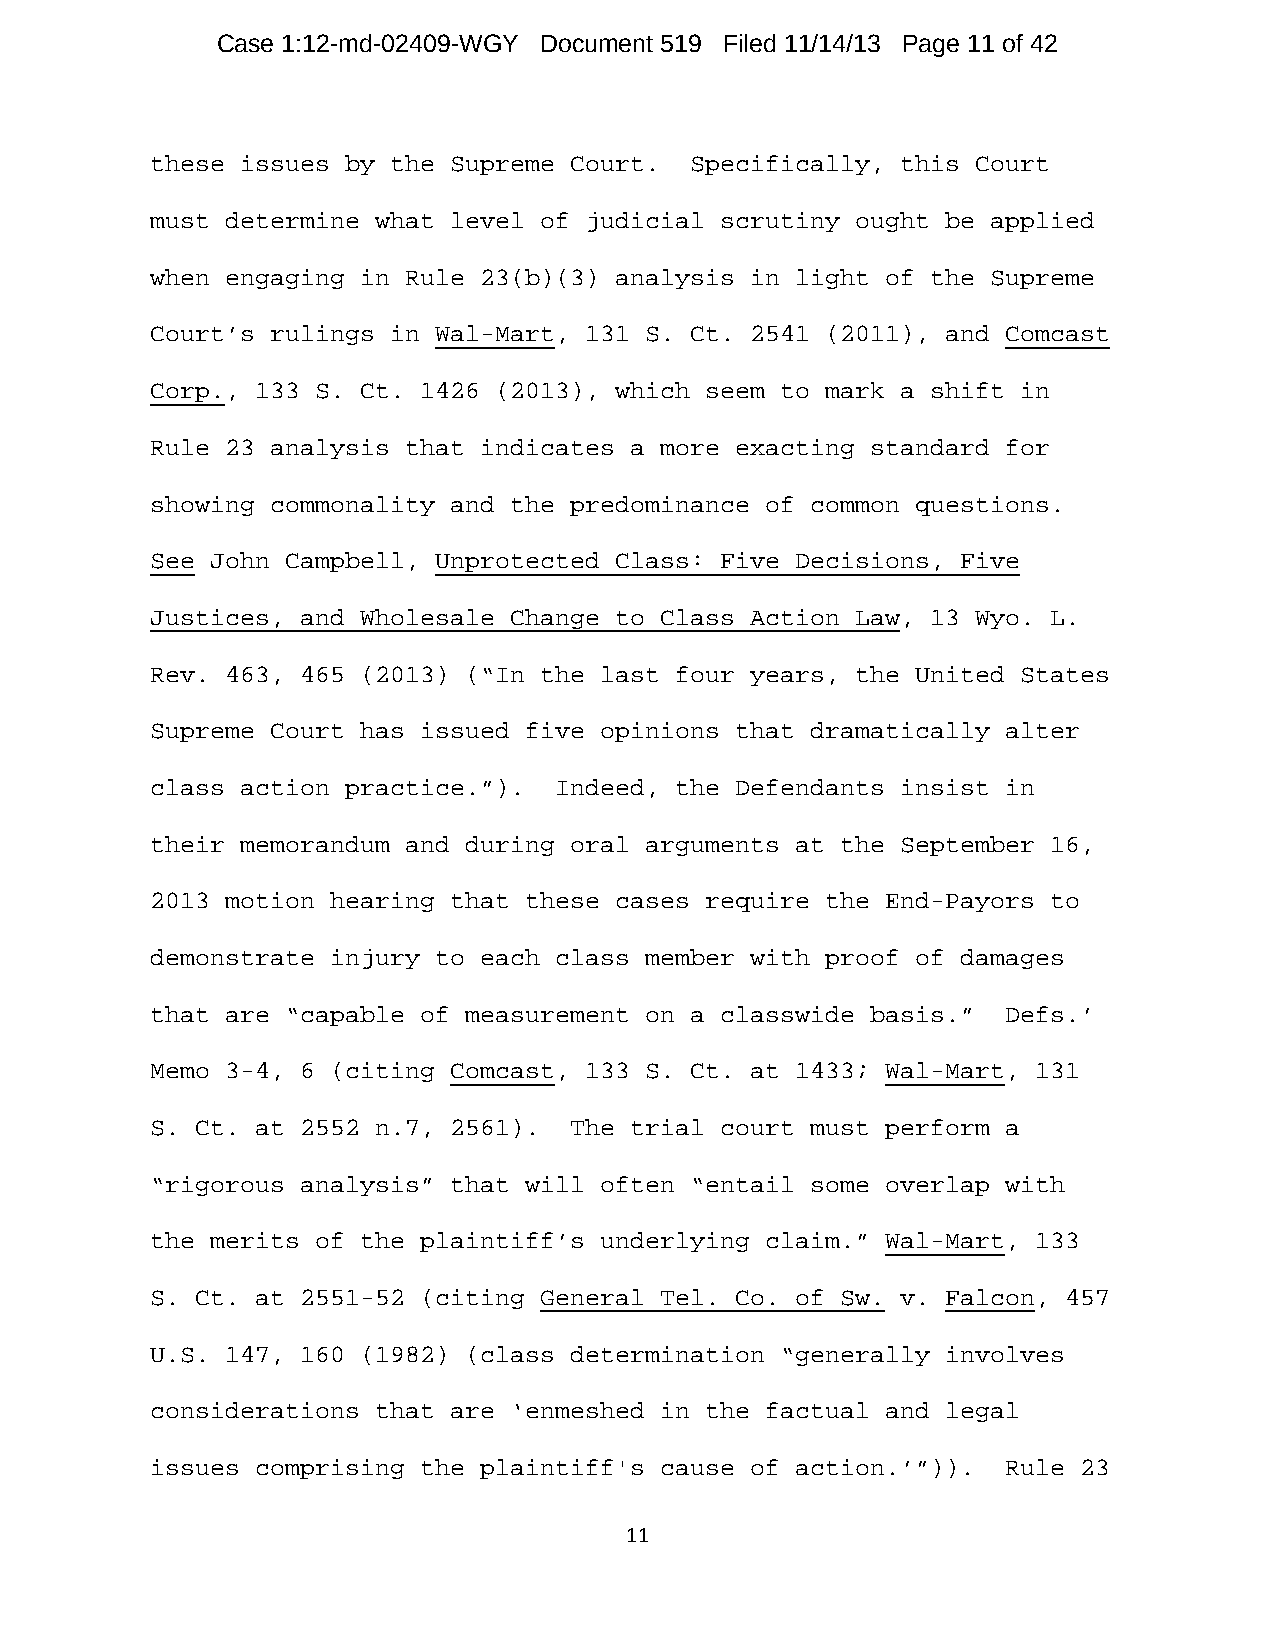
Case 1:12-md-02409-WGY Document 519 Filed 11/14/13 Page 11 of 42
 these issues by the Supreme Court.  Specifically, this Court
 must determine what level of judicial scrutiny ought be applied
 when engaging in Rule 23(b)(3) analysis in light of the Supreme
 Court’s rulings in Wal-Mart, 131 S. Ct. 2541 (2011), and Comcast
 Corp., 133 S. Ct. 1426 (2013), which seem to mark a shift in
 Rule 23 analysis that indicates a more exacting standard for
 showing commonality and the predominance of common questions.
 See John Campbell, Unprotected Class: Five Decisions, Five
 Justices, and Wholesale Change to Class Action Law, 13 Wyo. L.
 Rev. 463, 465 (2013) (“In the last four years, the United States
 Supreme Court has issued five opinions that dramatically alter
 class action practice.”).  Indeed, the Defendants insist in
 their memorandum and during oral arguments at the September 16,
 2013 motion hearing that these cases require the End-Payors to
 demonstrate injury to each class member with proof of damages
 that are “capable of measurement on a classwide basis.”  Defs.’
 Memo 3-4, 6 (citing Comcast, 133 S. Ct. at 1433; Wal-Mart, 131
 S. Ct. at 2552 n.7, 2561).  The trial court must perform a
 “rigorous analysis” that will often “entail some overlap with
 the merits of the plaintiff’s underlying claim.” Wal-Mart, 133
 S. Ct. at 2551-52 (citing General Tel. Co. of Sw. v. Falcon, 457
 U.S. 147, 160 (1982) (class determination “generally involves
 considerations that are ‘enmeshed in the factual and legal
 issues comprising the plaintiff's cause of action.’”)).  Rule 23
 11